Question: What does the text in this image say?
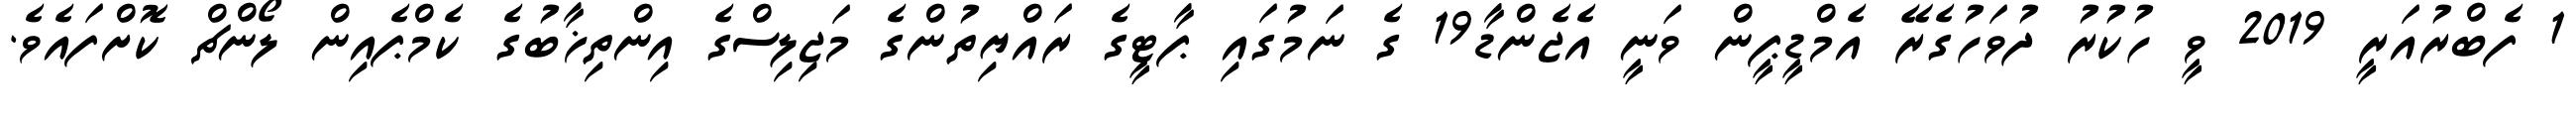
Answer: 1 ފެބްރުއަރީ 2019 ވީ ހުކުރު ދުވަހުގެރޭ އެމްޑީޕީން ވަނީ އެޖެންޑާ19 ގެ ނަމުގައި ޕާޓީގެ ރައްޔިތުންގެ މަޖިލިސްގެ އިންތިޚާބުގެ ކެމްޕެއިން ލޯންޗް ކޮށްފައެވެ.